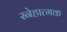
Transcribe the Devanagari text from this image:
स्नेहात्मक